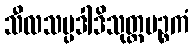
သီလသမ္ပဒါဒိသုတ္တပဉ္စကံ